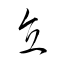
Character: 直